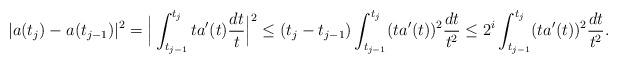
LaTeX: \begin{align*}|a(t_{j})-a(t_{j-1})|^2 = \Big| \int_{t_{j-1}}^{t_j} t a'(t)\frac{dt}{t} \Big|^2 \leq (t_j-{t_{j-1}}) \int_{t_{j-1}}^{t_{j}} (ta'(t))^2 \frac{dt}{t^2} \leq 2^i\int_{t_{j-1}}^{t_{j}} (ta'(t))^2 \frac{dt}{t^2}.\end{align*}